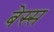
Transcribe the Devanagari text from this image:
बेस्स